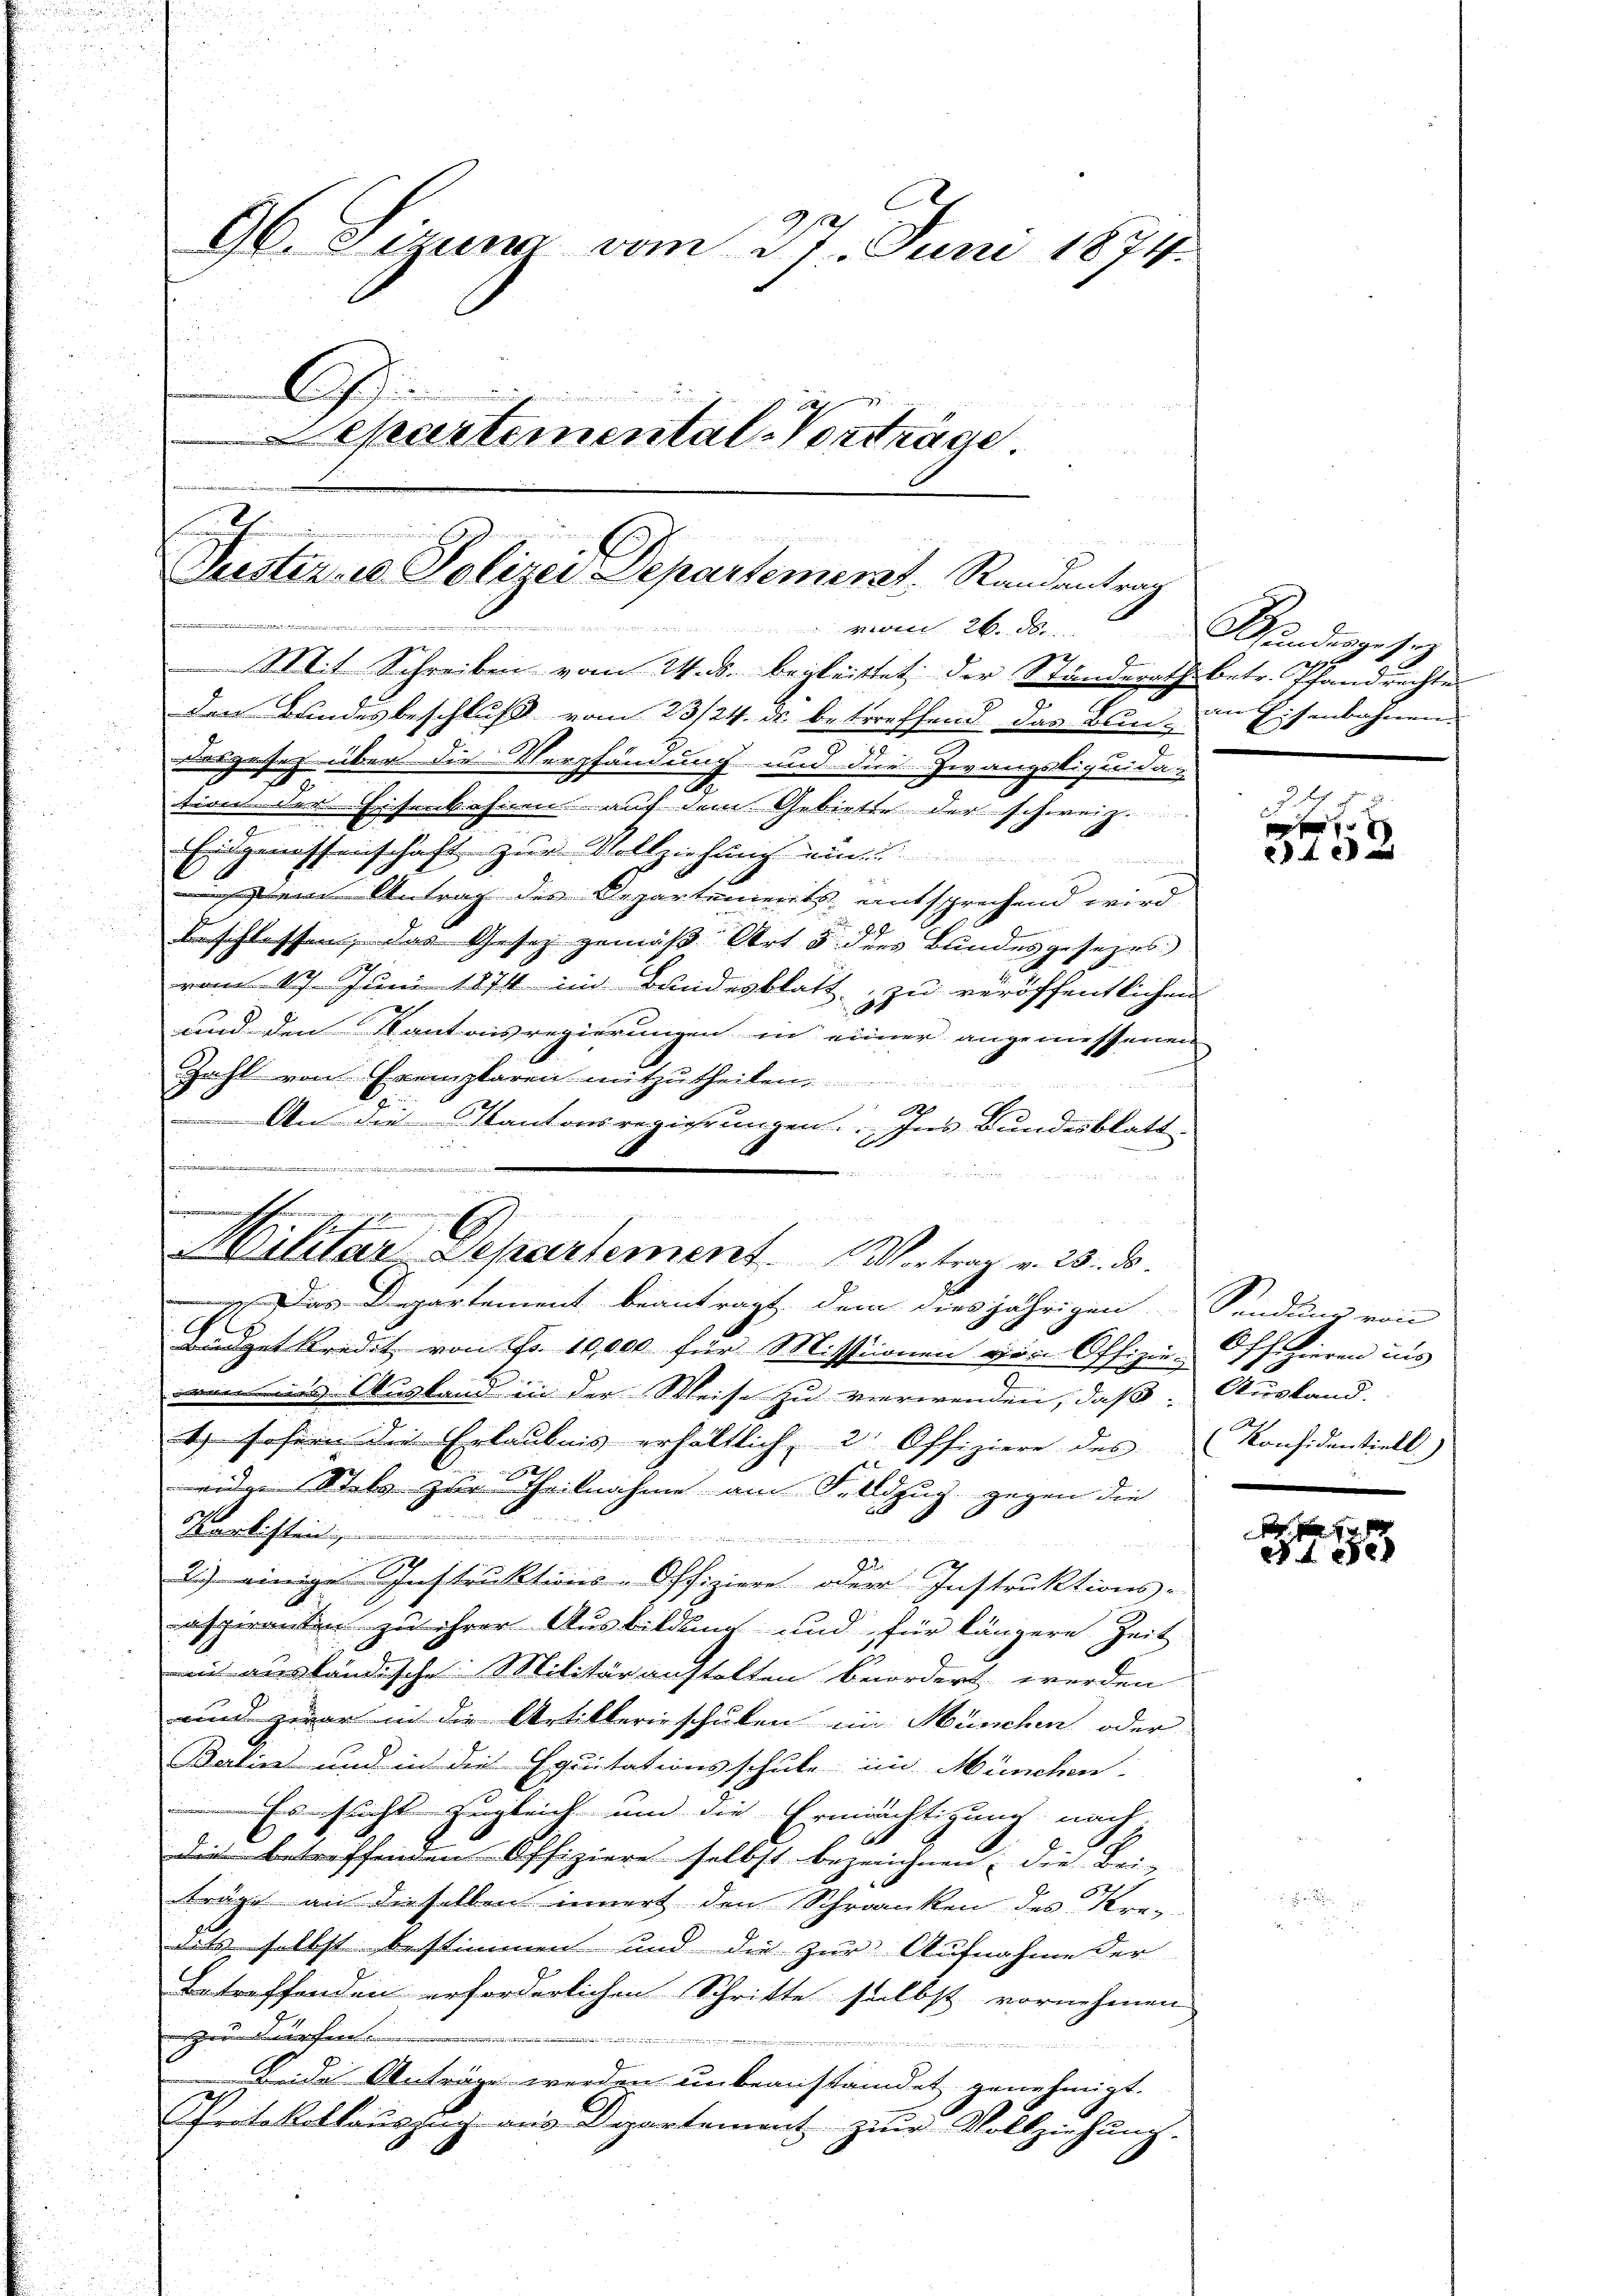
96. Sizum vom 27. Juni 1874.
G
epartemental-Vorträge.

Pusteres Polizei Departement. Randentrag

n
vom 26. d.
Mit Schreiben vom 24. ds. begleittet der Standerath betr. Pfandrechtes
den Bundesbeschluß vom 23/24. ds. betreffend das Bin im Eisenbahnen.
u
Dasgesetz über die Verpfändung und die Zwangstiquida-
tion der Eisenbahnen - auf dem Gebiette der schweiz.
Eidgenossenschaft zur Vollziehung ein
e
s
 ein Antrag des Departements entsprechend wird
Sch
beschlossen, das Gesetz gemäß Art 5 dies Bundesgesezes
vom 17. Juni 1874 im Bundesblatt zu veröffentlichen
und den Santaisregierungen in einer angemessenen
Zahl von Exemplaren mitzutheilen
An die Kantonsregierungen. Ins Bundesblatt
u
 Das Departement beantragt, dem diesjährigen Sendung von
E
büdgetkredit von Nr. 10,000 für Missionen vier Offizie-Offizieren uns
von ins Ausland in der Weise zu verwenden, daß Ausland.
t hohern die Erlaubnis erhältlich, 2 Offiziere des Konsidentiell
eider Stels zur Theilnahme am Felldzug, gegen die
Marlisten
2
.
2.) einige Instruktions-Offiziere oder Instruktions-
aspiranten zu ihrer Ausbildung und für längere Zeit
i ausländische Militäranstalten beordert werden
und zwar in die Artillerieschulen im München oder
Balin und in die Equitationsschule im München-
Einscht zugleich und die Ermächtigung nach
die betreffenden Offiziere selbst bezeichnen; die Bei-
träge an dieselben innert den Schranken des Krenitz selbst bestimmen und die zur Aufnahme der
Betreffenden erforderlichen Schritte selbst vornehmen
zu dürfen
.
A
Beide Anträge werden unbeanständet genehmigt.
Pritablattauszug aus Departement zur Vollziehung.

Eigen
e
 ich in wenn es kennen, wenn ma

u
.
6
h
Auctuar Departement. Vortrag v. 23. ds.

Mundisch
A

xx
1 f 4 x

.

. . . . .
e 1e